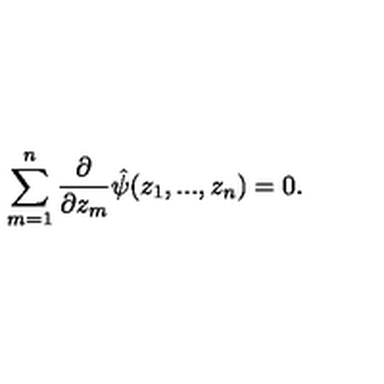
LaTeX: \sum _ { m = 1 } ^ { n } \frac { \partial } { \partial z _ { m } } \hat { \psi } ( z _ { 1 } , . . . , z _ { n } ) = 0 .